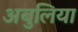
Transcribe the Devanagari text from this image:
अबुलिया